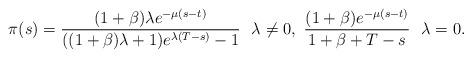
LaTeX: \begin{align*}\pi(s) = \frac{(1+\beta)\lambda e^{-\mu (s-t)}}{((1+\beta)\lambda+1)e^{\lambda(T-s)}-1} \ \ \lambda \neq 0, \ \frac{(1+\beta)e^{-\mu (s-t)}}{1+\beta+T-s} \ \ \lambda = 0.\end{align*}